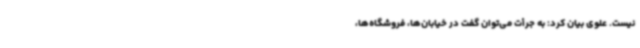
نیست. علوی بیان کرد: به جرأت می‌توان گفت در خیابان‌ها، فروشگاه‌ها،